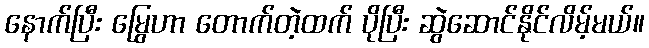
နောက်ပြီး မြွေဟာ တောက်တဲ့ထက် ပိုပြီး ဆွဲဆောင်နိုင်လိမ့်မယ်။